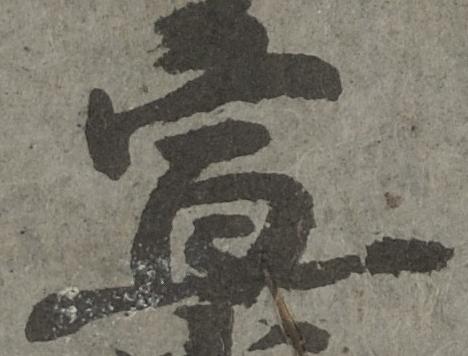
宣